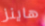
هاينز